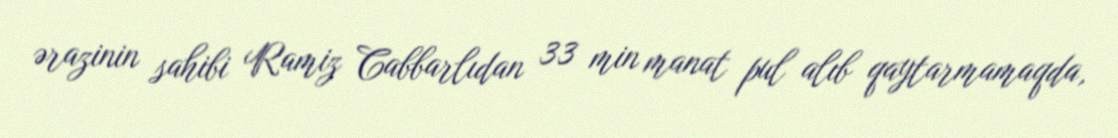
ərazinin sahibi Ramiz Cabbarlıdan 33 min manat pul alıb qaytarmamaqda,